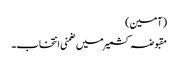
(آمین)
مقبوضہ کشمیر میں ضمنی انتخاب۔